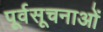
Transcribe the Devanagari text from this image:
पूर्वसूचनाओं